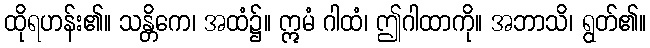
ထိုရဟန်း၏။ သန္တိကေ၊ အထံ၌။ ဣမံ ဂါထံ၊ ဤဂါထာကို။ အဘာသိ၊ ရွတ်၏။